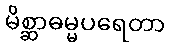
မိစ္ဆာဓမ္မပရေတာ